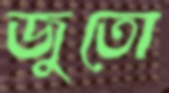
জুতো